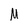
Character: M